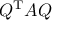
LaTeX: Q ^ { \mathrm { T } } A Q